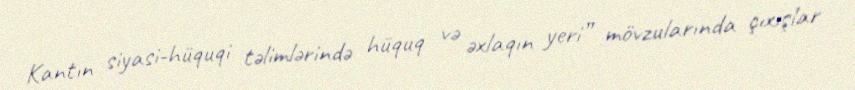
Kantın siyasi-hüquqi təlimlərində hüquq və əxlaqın yeri” mövzularında çıxışlar